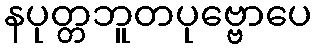
နပုတ္တဘူတပုဗ္ဗောပေ